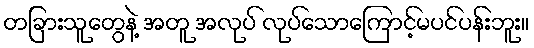
တခြားသူတွေနဲ့ အတူ အလုပ် လုပ်သောကြောင့်မပင်ပန်းဘူး။